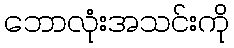
ဘောလုံးအသင်းကို